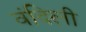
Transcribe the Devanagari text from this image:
वंदिली